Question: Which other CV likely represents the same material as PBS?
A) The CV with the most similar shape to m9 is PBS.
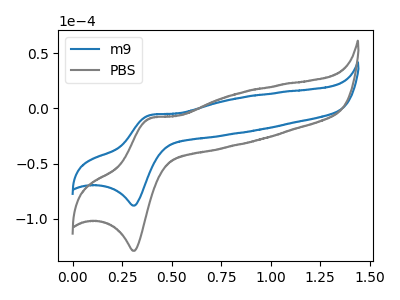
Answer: <think>The blue curve "m9" has an anodic peak at (0.40V, -6.10uA) and a cathodic peak at (0.30V, -88.10uA). The gray curve "PBS" has an anodic peak at (0.40V, -8.90uA) and a cathodic peak at (0.30V, -128.95uA).
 All the peaks in "m9" have a peak in "PBS" at the same potential.</think>
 <answer>A) The CV with the most similar shape to "m9" is "PBS".</answer>
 <eval>A</eval>